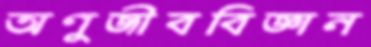
অণুজীববিজ্ঞান